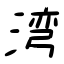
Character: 湾